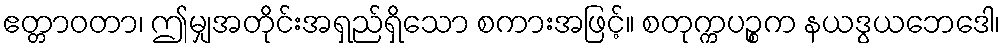
ဧတ္တာဝတာ၊ ဤမျှအတိုင်းအရှည်ရှိသော စကားအဖြင့်။ စတုက္ကပဉ္စက နယဒွယဘေဒေါ၊